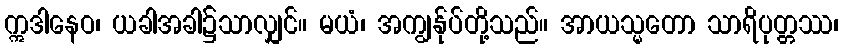
ဣဒါနေဝ၊ ယခါအခါ၌သာလျှင်။ မယံ၊ အကျွန်ုပ်တို့သည်။ အာယသ္မတော သာရိပုတ္တဿ၊